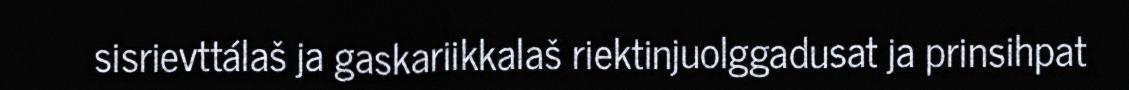
sisrievttálaš ja gaskariikkalaš riektinjuolggadusat ja prinsihpat